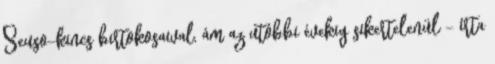
Seuso-kincs birtokosaival, ám az utóbbi évekig sikertelenül - írta